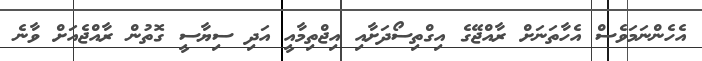
އެހެންނަމަވެސް އެހާތަނަށް ރާއްޖޭގެ އިގްތިސޯދަށާއި އިޖްތިމާއީ އަދި ސިޔާސީ ގޮތުން ރާއްޖެއަށް ވާނެ